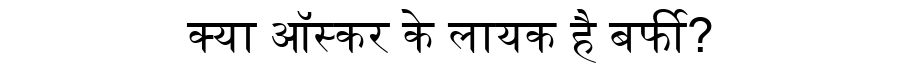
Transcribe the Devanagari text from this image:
क्या ऑस्कर के लायक है बर्फी?